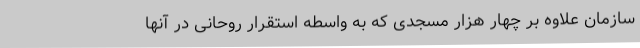
سازمان علاوه بر چهار هزار مسجدی که به واسطه استقرار روحانی در آنها